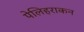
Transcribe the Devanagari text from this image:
पेलिहराकन